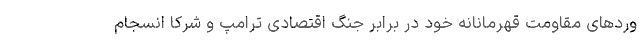
وردهای مقاومت قهرمانانه خود در برابر جنگ اقتصادی ترامپ و شرکا انسجام